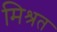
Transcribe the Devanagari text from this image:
मिश्रत